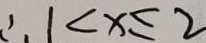
\therefore 1 < x \leq 2